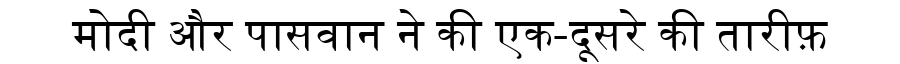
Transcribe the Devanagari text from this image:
मोदी और पासवान ने की एक-दूसरे की तारीफ़